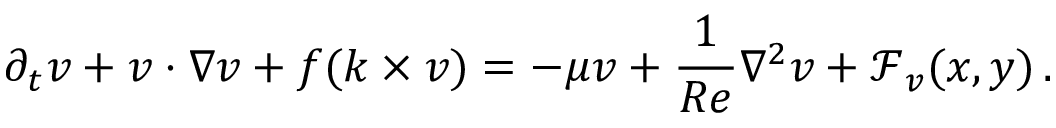
\partial _ { t } \ensuremath { \boldsymbol { v } } + \ensuremath { \boldsymbol { v } } \cdot \nabla \ensuremath { \boldsymbol { v } } + f ( \ensuremath { \boldsymbol { k } } \times \ensuremath { \boldsymbol { v } } ) = - \mu \ensuremath { \boldsymbol { v } } + \frac { 1 } { R e } \nabla ^ { 2 } \ensuremath { \boldsymbol { v } } + \mathcal { \boldsymbol { F } } _ { \ensuremath { \boldsymbol { v } } } ( x , y ) \, .